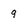
Character: 9